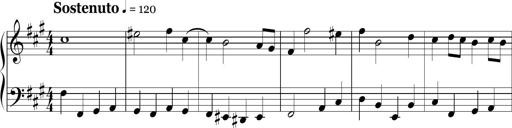
Title: Ten Piano Sonatinas
Composer: Andreas Sain